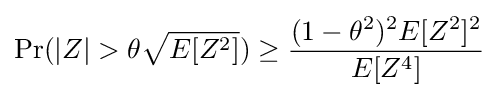
\Pr(|Z|>\theta {\sqrt {E[Z^{2}]}})\geq {\frac {(1-\theta ^{2})^{2}E[Z^{2}]^{2}}{E[Z^{4}]}}